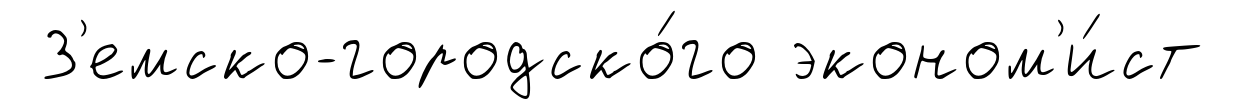
З'емско-городско́го эконом'и́ст